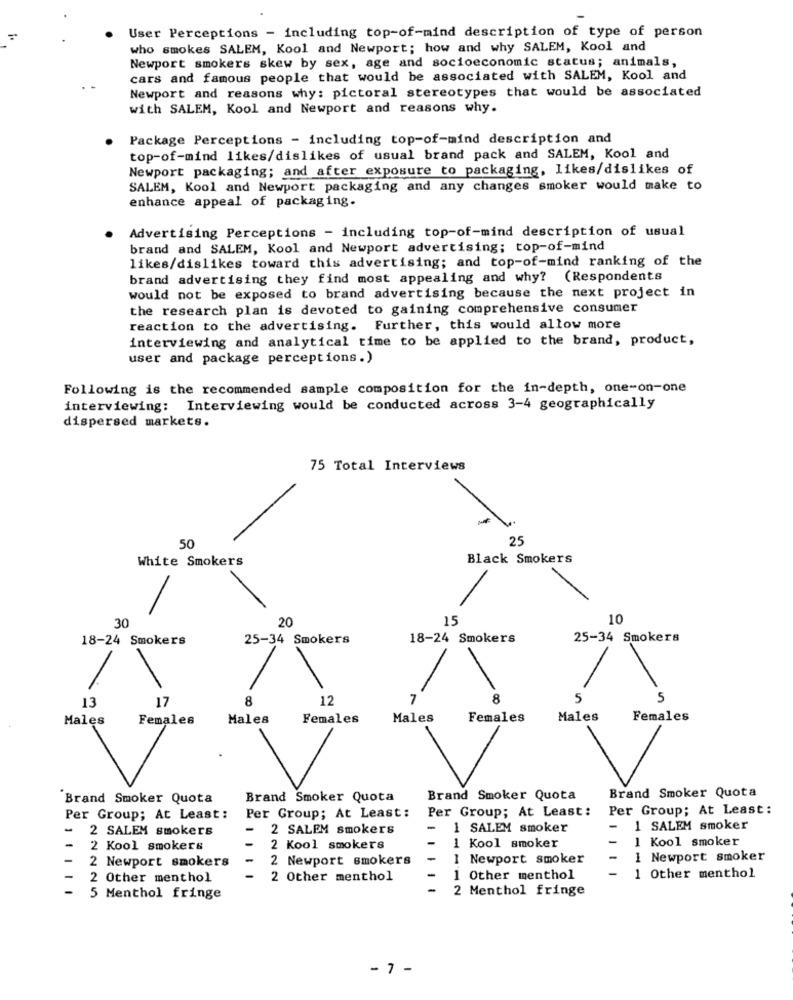
User Perceptions - including top-of-mind description of type of person
who smokes SALEM, Kool and Newport; how and why SALEM, Kool and
Newport smokers skew by sex, age and socioeconomic status; animals,
cars and famous people that would be associated with SALEM, Kool and
Newport and reasons why: pictoral stereotypes that would be associated
with SALEM, Kool and Newport and reasons why.
Package Perceptions - including top-of-mind description and
top-of-mind likes/dislikes of usual brand pack and SALEM, Kool and
Newport packaging; and after exposure to packaging, likes/dislikes of
SALEM, Kool and Newport packaging and any changes smoker would make to
enhance appeal of packaging.
Advertising Perceptions - including top-of-mind description of usual
brand and SALEM, Kool and Newport advertising; top-of-mind
likes/dislikes toward this advertising; and top-of-mind ranking of the
brand advertising they find most appealing and why? (Respondents
would not be exposed to brand advertising because the next project in
the research plan is devoted to gaining comprehensive consumer
reaction to the advertising. Further, this would allow more
interviewing and analytical time to be applied to the brand, product,
user and package perceptions.)
Following is the recommended sample composition for the in-depth, one-on-one
interviewing: Interviewing would be conducted across 3-4 geographically
dispersed markets.
75 Total Interviews
25
50
White Smokers
Black Smokers
30
20
15
10
18-24 Smokers
25-34 Smokers
18-24 Smokers
25-34 Smokers
13
17
8
12
7
5
5
Males
Females
Males
Females
Males
Females
Males
Females
Brand Smoker Quota
"Brand Smoker Quota
Brand Smoker Quota
Brand Smoker Quota
Per Group; At Least:
Per Group; At Least:
Per Group; At Least:
Per Group; At Least:
-
2 SALEM smokers
-
2 SALEM smokers
-
1 SALEM smoker
-
1 SALEM smoker
-
1 Kool smoker
2 Kool smokers
2 Kool smokers
1 Kool smoker
-
2 Newport smokers
2 Newport smokers
-
I Newport smoker
1 Newport smoker
-
2 Other menthol
2 Other menthol
1 Other menthol
1 Other menthol
-
2 Menthol fringe
5 Menthol fringe
- 7 -